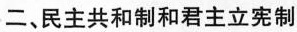
二、民主共和制和君主立宪制